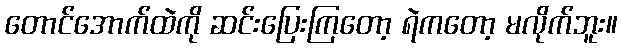
တောင်အောက်ထဲကို ဆင်းပြေးကြတော့ ရဲကတော့ မလိုက်ဘူး။